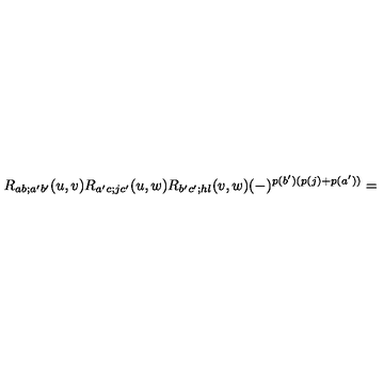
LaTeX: R _ { a b ; a ^ { \prime } b ^ { \prime } } ( u , v ) R _ { a ^ { \prime } c ; j c ^ { \prime } } ( u , w ) R _ { b ^ { \prime } c ^ { \prime } ; h l } ( v , w ) ( - ) ^ { p ( b ^ { \prime } ) ( p ( j ) + p ( a ^ { \prime } ) ) } =